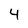
Character: 4